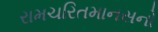
રામચરિતમાનસનો